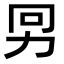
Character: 𠡋